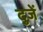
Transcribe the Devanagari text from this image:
दुजें